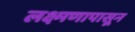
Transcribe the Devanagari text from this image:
लक्ष्मणापासून